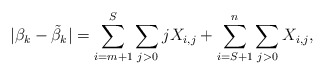
\begin{align*}|\beta_k-\tilde{\beta}_k|=\sum_{i=m+1}^S\sum_{j>0}jX_{i,j}+\sum_{i=S+1}^n\sum_{j>0}X_{i,j},\end{align*}